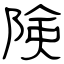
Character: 険